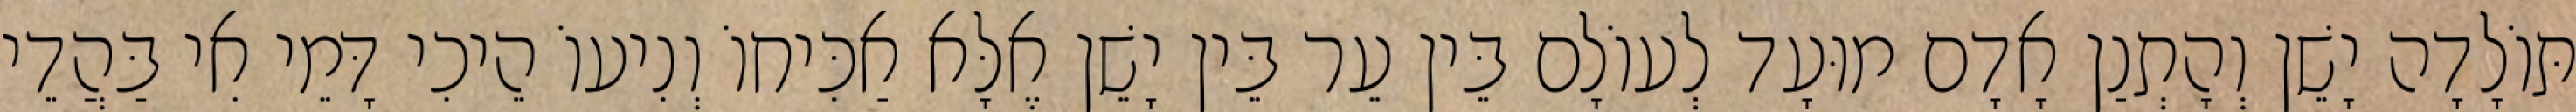
תּוֹלָדָה יָשֵׁן וְהָתְנַן אָדָם מוּעָד לְעוֹלָם בֵּין עֵר בֵּין יָשֵׁן אֶלָּא אַכִּיחוֹ וְנִיעוֹ הֵיכִי דָּמֵי אִי בַּהֲדֵי